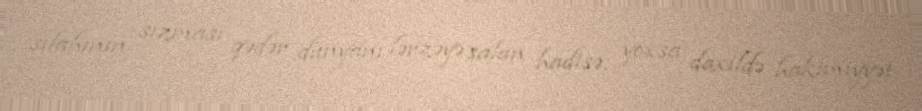
silahının sızması qədər dünyanı lərzəyə salan hadisə, yoxsa daxildə hakimiyyət